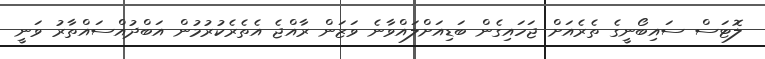
ލޮޓަސް ސައިބޯނީގެ ތެރެއަށް ޖަހައިގެން ބަޑިއަށްލައްވާނެ ވަޒަން ރާއްޖެ އެތެރެކުރުމުން އަބްދުއްސައްތާރު ވަނީ